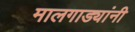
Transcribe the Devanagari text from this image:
मालगाड्यांनी